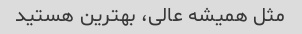
مثل همیشه عالی، بهترین هستید